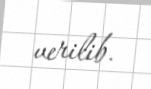
verilib.